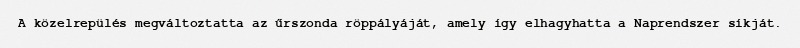
A közelrepülés megváltoztatta az űrszonda röppályáját, amely így elhagyhatta a Naprendszer síkját.